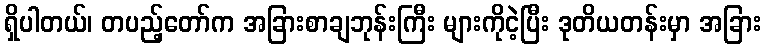
ရှိပါတယ်၊ တပည့်တော်က အခြားစာချဘုန်းကြီး များကိုငဲ့ပြီး ဒုတိယတန်းမှာ အခြား